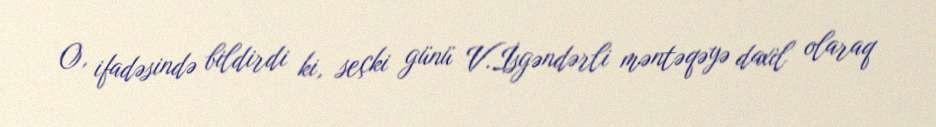
O, ifadəsində bildirdi ki, seçki günü V.İsgəndərli məntəqəyə daxil olaraq